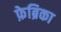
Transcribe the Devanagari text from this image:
फ़ेब्रिका